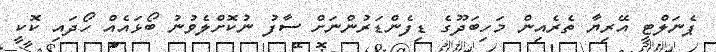
ޕެނަލްޓީ އޭރިޔާ ތެރެއިން މަހިބަދޫގެ ޑިފެންޑަރުންނަށް ސާފު ނުކޮށްލެވުނު ބޯޅައެއް ހޯދައި ކޮކީ